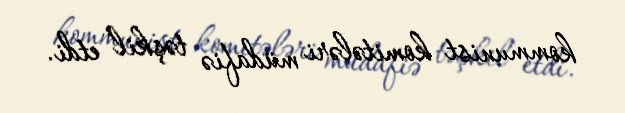
kommunist komitələri müdafiə təşkil etdi.